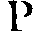
P